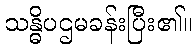
သန္ဓိပဌမခန်းပြီး၏။